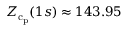
Z _ { \mathrm { c } _ { \mathrm { p } } } ( 1 s ) \approx 1 4 3 . 9 5